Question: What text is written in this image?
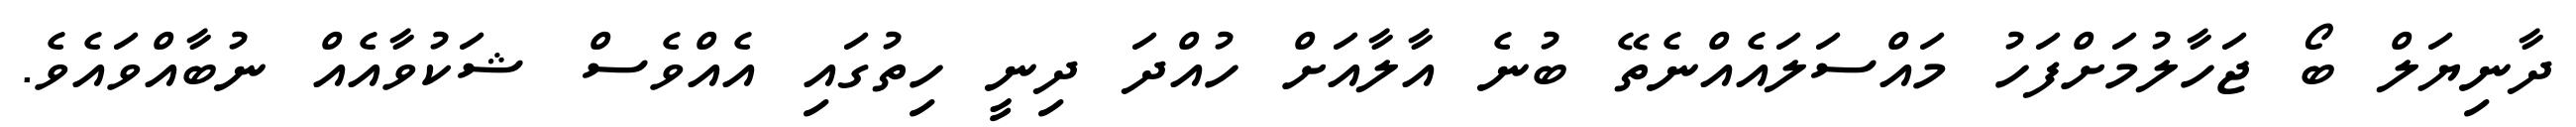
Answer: ދާނިޔަލް ބޯ ޖަހާލުމަށްފަހު މައްސަލައެއްނެތޭ ބުނެ އާލާއަށް ހުއްދަ ދިނީ ހިތުގައި އެއްވެސް ޝަކުވާއެއް ނުބާއްވައެވެ.